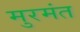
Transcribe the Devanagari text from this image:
मुरमंत